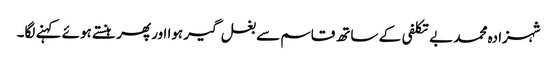
شہزادہ محمد بے تکلفی کے ساتھ قاسم سے بغل گیر ہوا ا ور پھر ہنستے ہوئے کہنے لگا۔